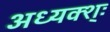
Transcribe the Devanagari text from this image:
अध्यक्श्ः